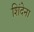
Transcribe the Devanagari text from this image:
शिंदेना